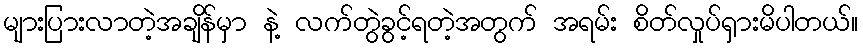
များပြားလာတဲ့အချိန်မှာ နဲ့ လက်တွဲခွင့်ရတဲ့အတွက် အရမ်း စိတ်လှုပ်ရှားမိပါတယ်။